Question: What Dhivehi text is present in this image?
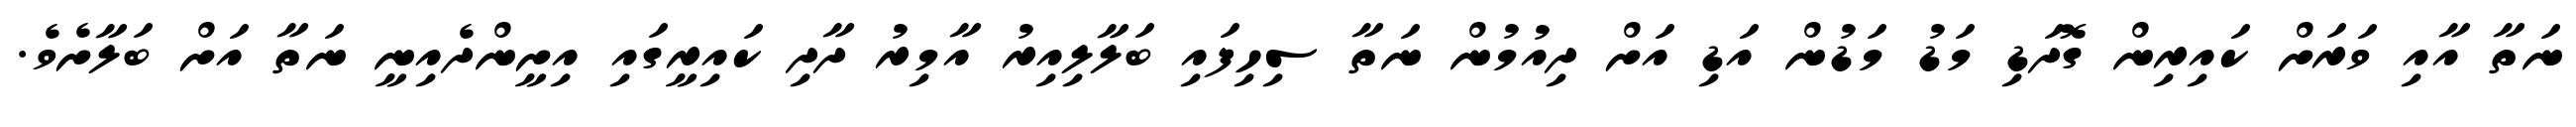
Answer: ނަތާ އާއި ވަރަށް ކައިރިން ގޮދަޑި މަޑު މަޑުން އަޑި އަށް ދިއުމުން ނަތާ ސިހިފައި ބަލާލިއިރު އާމިރު ދާދި ކައިރީގައި އިށީންދެއިނީ ނަތާ އަށް ބަލާށެވެ.